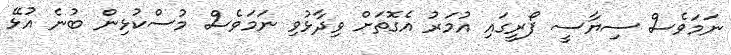
ނަމަވެސް ސިޔާސީ ފޯރީގައި އުމަރު އެގޮތަށް ވިދާޅުވި ނަމަވެސް މުސްކުޅިން ބުނެ އުޅޭ